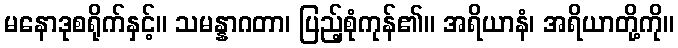
မနောဒုစရိုက်နှင့်။ သမန္နာဂတာ၊ ပြည့်စုံကုန်၏။ အရိယာနံ၊ အရိယာတို့ကို။